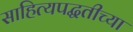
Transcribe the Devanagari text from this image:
साहित्यपद्धतीच्या